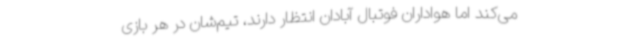
می‌کند اما هواداران فوتبال آبادان انتظار دارند، تیم‌شان در هر بازی